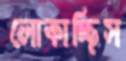
লোকাচ্ছিস